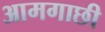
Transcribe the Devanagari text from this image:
आमगाछी